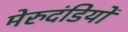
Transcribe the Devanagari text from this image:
मेरुदंडियों